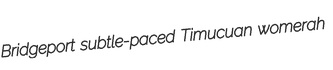
Bridgeport subtle-paced Timucuan womerah